Civil Veterinary Department Bihar & Orissa reports 1922-29 - 1922-1929
Year: 1922
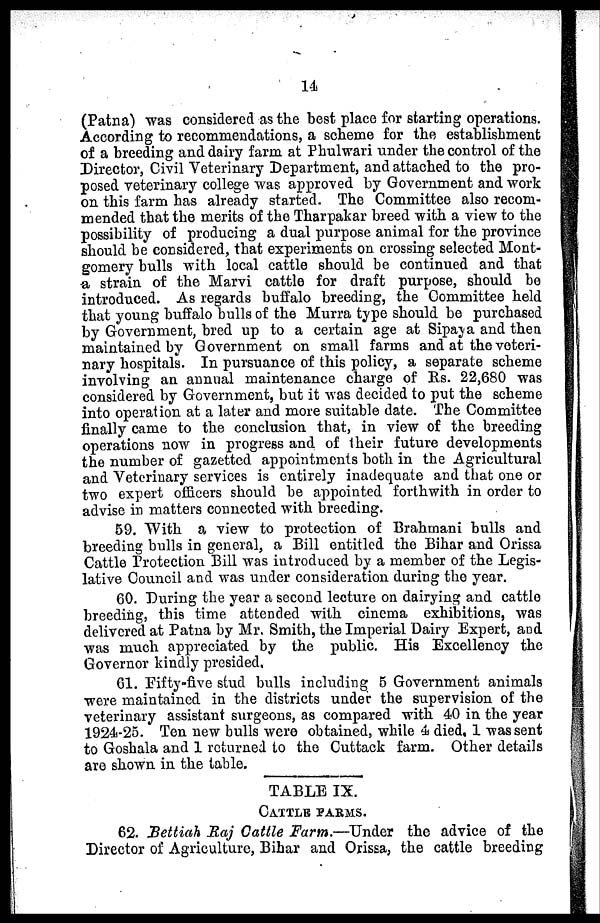
14
(Patna) was considered as the best place for starting operations.
According to recommendations, a scheme for the establishment
of a breeding and dairy farm at Phulwari under the control of the
Director, Civil Veterinary Department, and attached to the pro-
posed veterinary college was approved by Government and work
on this farm has already started, The Committee also recom-
mended that the merits of the Tharpakar breed with a view to the
possibility of producing a dual purpose animal for the province
should be considered, that experiments on crossing selected Mont-
gomery bulls with local cattle should be continued and that
a, strain of the Marvi cattle for draft purpose, should be
introduced. As regards buffalo breeding, the Committee held
that young buffalo bulls of the Murra type should be purchased
by Government, bred up to a certain age at Sipava and then
maintained by Government on small farms and at the veteri-
nary hospitals. In pursuance of this policy, a separate scheme
involving an annual maintenance charge of Rs. 22,680 was
considered by Government, but it was decided to put the scheme
into operation at a later and more suitable date. The Committee
finally came to the conclusion that, in view of the breeding
operations now in progress and of their future developments
the number of gazetted appointments both in the Agricultural
and Veterinary services is entirely inadequate and that one or
two expert officers should be appointed forthwith in order to
advise in matters connected with breeding.
59. "With a view to protection of Brahrnani bulls and
breeding bulls in general, a Bill entitled the Bihar and Orissa
Cattle Protection Bill was introduced by a member of the Legis-
lative Council and was under consideration during the year.
60. During the year a second lecture on dairying and cattle
breeding, this time attended with cinema exhibitions, was
delivered at Patna by Mr. Smith, the Imperial Dairy Expert, and
was much appreciated by the public. His Excellency the
Governor kindly presided,
61. Fifty-five stud bulls including 5 Government animals
were maintained in the districts under the supervision of the
veterinary assistant surgeons, as compared with 40 in the year
1924-25. Ten new bulls were obtained, while 4 died, 1 was sent
to Goshala and 1 returned to the Cuttack farm. Other details
are shown in the table.
TABLE IX.
CATTLE FARMS.
62. Bettiah Raj Cattle Farm.—Under the advice of the
Director of Agriculture, Bihar and Orissa, the cattle breeding